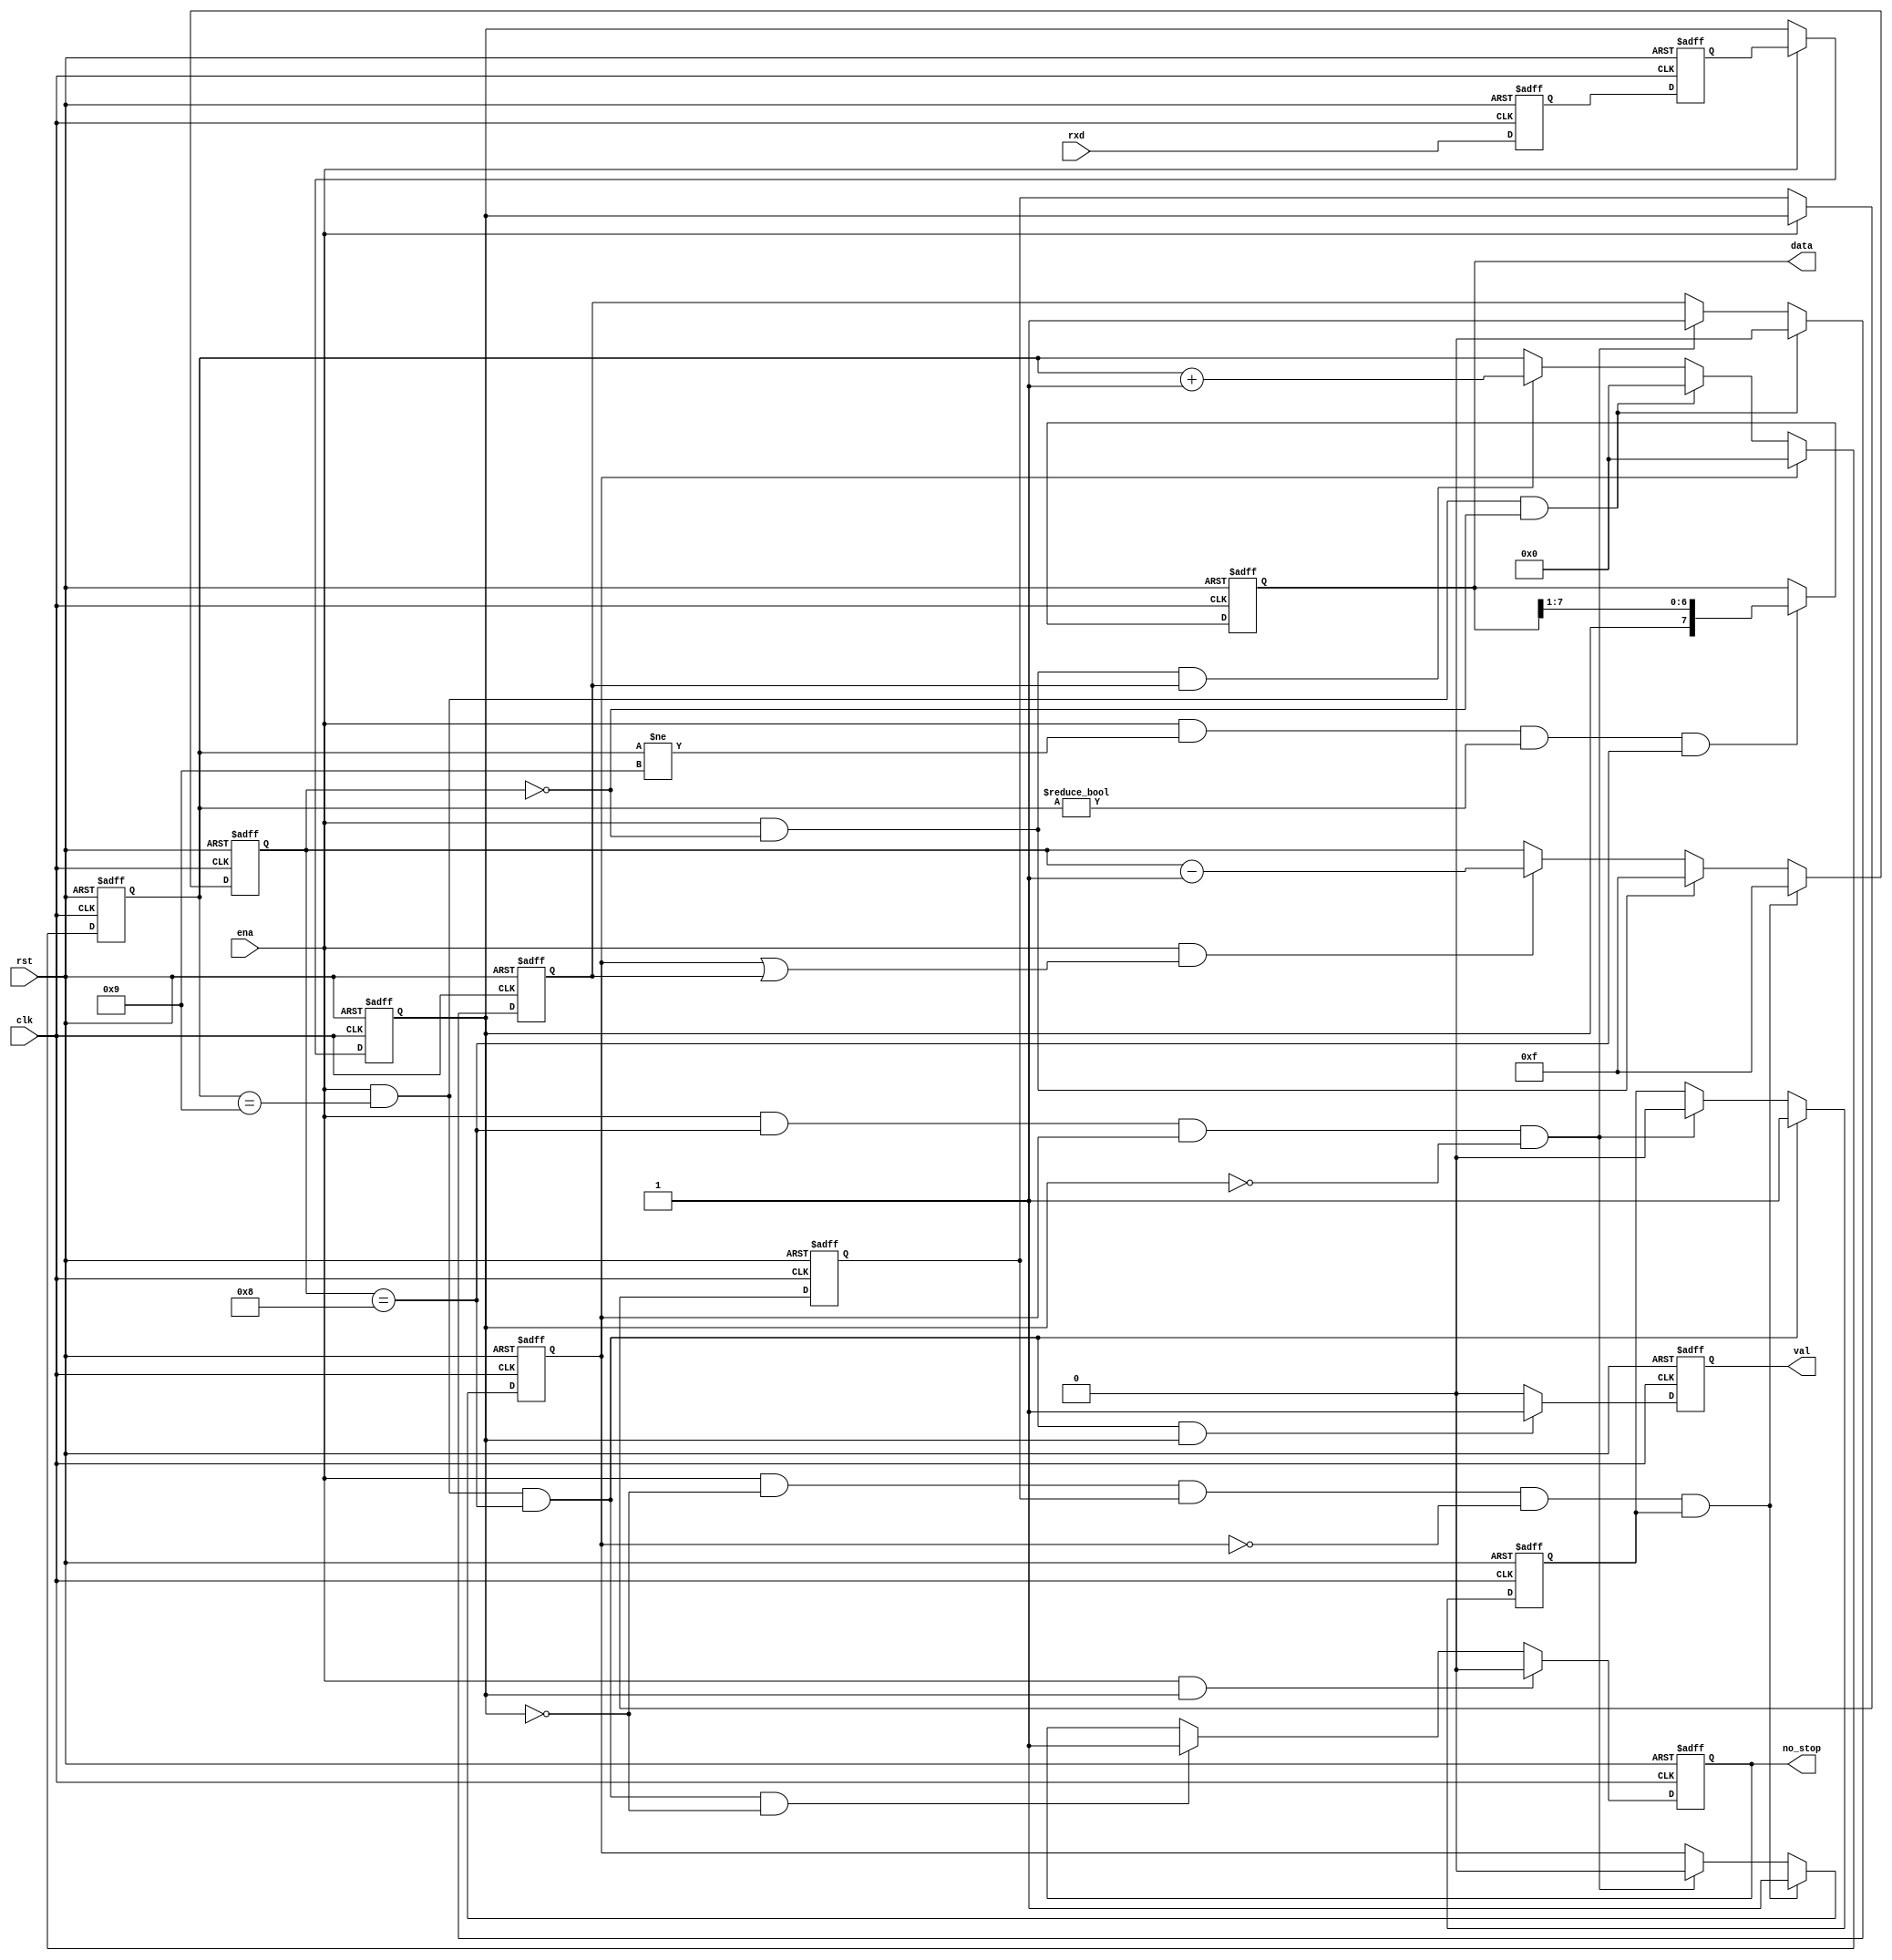
//--------------------------------------------------------------------------------------------------
//
// Title		: rx_sft
// Design		: sig_acq
// Company		: xkf
// Description	: Shift register for RX
//
//--------------------------------------------------------------------------------------------------

module rx_sft (
	clk,
	rst,
	ena,
	
	rxd,
	
	val,
	data,
	no_stop
	);
	
input clk;
input rst;
input ena;
input rxd;
output reg val;
output reg [7:0] data;
output reg no_stop;

reg rxd_r;
reg rxds_p;
reg rxds;
reg rxds_r;
reg start_hf;
reg [3:0] cnt_smp;
reg work;
reg [3:0] cnt_bit;
reg st_dec;

parameter POS = 4'd8;
parameter BIT_NUM_ALL = 4'd9;

always @(posedge clk or negedge rst)
	if (!rst)
		rxd_r <= 1'b0;
	else 
			rxd_r <= rxd;

always @(posedge clk or negedge rst)
	if (!rst)
		rxds_p <= 1'b0;
	else 
			rxds_p <= rxd_r;
			
always @(posedge clk or negedge rst)
	if (!rst)
		rxds <= 1'b0;
	else 
		if (ena)
			rxds <= rxds_p;
			
always @(posedge clk or negedge rst)
	if (!rst)
		rxds_r <= 1'b0;
	else 
		if (ena)
			rxds_r <= rxds;
			
always @(posedge clk or negedge rst)
	if (!rst)
		start_hf <= 1'b0;
//	else
//		if (ena && cnt_smp==POS && start_hf)
//		start_hf <= 1'b0;
	else 
		if (ena && !rxds && rxds_r && !start_hf && st_dec)
			start_hf <= 1'b1;
	else
		if (ena && cnt_smp==POS && start_hf && rxds==1'b0)
			start_hf <= 1'b0;
		
always @(posedge clk or negedge rst)
	if (!rst)
		cnt_smp <= 4'd0;
	else 
		if (ena && !rxds && rxds_r && !start_hf && st_dec)
			cnt_smp <= 4'd15;
	else 
		if (ena && cnt_smp==4'd0)
			cnt_smp <= 4'd15;
	else
		if (ena && (start_hf ||work) )
			cnt_smp <= cnt_smp - 1'd1;
		
always @(posedge clk or negedge rst)
	if (!rst)
		work <= 1'b0;
	else
		if (ena && cnt_bit==BIT_NUM_ALL && cnt_smp==4'd0)
		work <= 1'b0;
	else 
		if (ena && cnt_smp==POS && start_hf && rxds==1'b0)
			work <= 1'b1;
			
always @(posedge clk or negedge rst)
	if (!rst)
		st_dec <= 1'b1;
	else
		if (ena && cnt_bit==BIT_NUM_ALL && cnt_smp==POS)
		st_dec <= 1'b1;
	else 
		if (ena && cnt_smp==POS && start_hf && rxds==1'b0)
			st_dec <= 1'b0;
			
always @(posedge clk or negedge rst)
	if (!rst)
		cnt_bit <= 4'd0;
	else
		if (start_hf)
			cnt_bit <= 4'd0;
	else
		if (ena && cnt_bit==BIT_NUM_ALL && cnt_smp==4'd0)
		cnt_bit <= 4'd0;
	else 
		if (ena && cnt_smp==4'd0 && work)
			cnt_bit <= cnt_bit + 1'd1;
			
always @(posedge clk or negedge rst)
	if (!rst)
		data <= 8'd0;
	else
		if (ena && cnt_bit!=BIT_NUM_ALL && cnt_bit!=4'd0 && cnt_smp==POS)
			data <= {rxds, data[7:1]};

always @(posedge clk or negedge rst)
	if (!rst)
		val <= 1'b0;
	else
		if (ena && cnt_bit==BIT_NUM_ALL && cnt_smp==POS && rxds)
			val <= 1'b1;
	else
		val <= 1'b0;
		
always @(posedge clk or negedge rst)
	if (!rst)
		no_stop <= 1'b0;
	else
		if (ena && rxds)
			no_stop <= 1'b0;
	else
		if (ena && cnt_bit==BIT_NUM_ALL && cnt_smp==POS && !rxds)
			no_stop <= 1'b1;		
	
	
endmodule